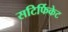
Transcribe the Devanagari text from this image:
सटिर्फिकेट